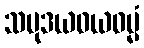
သမုဒယဝယဓမ္မံ